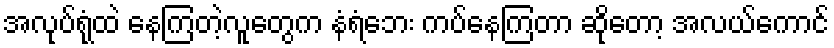
အလုပ်ရုံထဲ နေကြတဲ့လူတွေက နံရံဘေး ကပ်နေကြတာ ဆိုတော့ အလယ်ကောင်